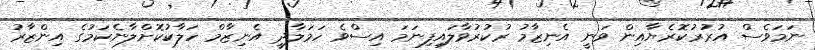
ނަމަވެސް އުރުރުކޮރެޔާއިން ވަނީ އެނިޒާމު ރުކުރުވާލައިފިނަމަ އިސްވެ ހަމަލާދީ އެނިޒާމް ހަލާކުކޮށްލާނެކަމުގެ އިންޒާރު